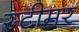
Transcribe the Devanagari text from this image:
स्‍टीमर